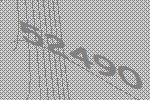
52490